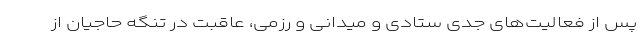
پس از فعالیت‌های جدی ستادی و میدانی و رزمی، عاقبت در تنگه حاجیان از